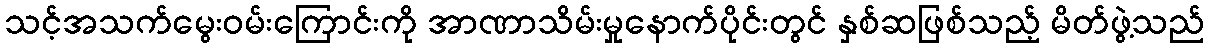
သင့်အသက်မွေးဝမ်းကြောင်းကို အာဏာသိမ်းမှုနောက်ပိုင်းတွင် နှစ်ဆဖြစ်သည့် မိတ်ဖွဲ့သည်